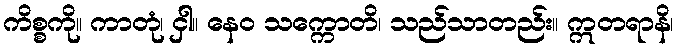
ကိစ္စကို။ ကာတုံ၊ ငှါ။ နေဝ သက္ကောတိ၊ သည်သာတည်း။ ဣတရာနိ၊